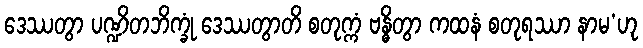
ဒေဿတွာ ပဏ္ဍိတဘိက္ခုံ ဒေဿတွာတိ စတုက္ကံ ဗန္ဓိတွာ ကထနံ စတုရဿာ နာမ’ဟု